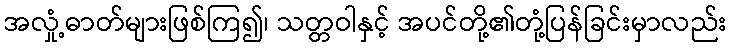
အလှုံ့ဓာတ်များဖြစ်ကြ၍၊ သတ္တဝါနှင့် အပင်တို့၏တုံ့ပြန်ခြင်းမှာလည်း